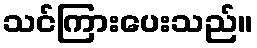
သင်ကြားပေးသည်။